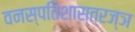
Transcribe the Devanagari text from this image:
वनस्पतिशास्त्रज्ञ